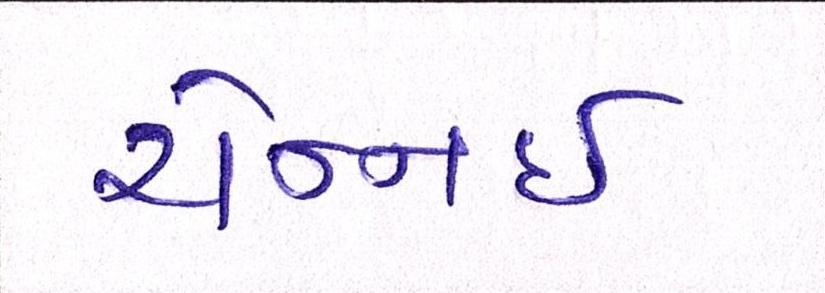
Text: ચેન્નાઇ